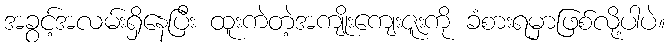
အခွင့်အလမ်းရှိနေပြီး ထူးကဲတဲ့အကျိုးကျေးဇူးကို ခံစားရမှာဖြစ်လို့ပါပဲ။